Annual report on the lock hospitals of the Madras Presidency
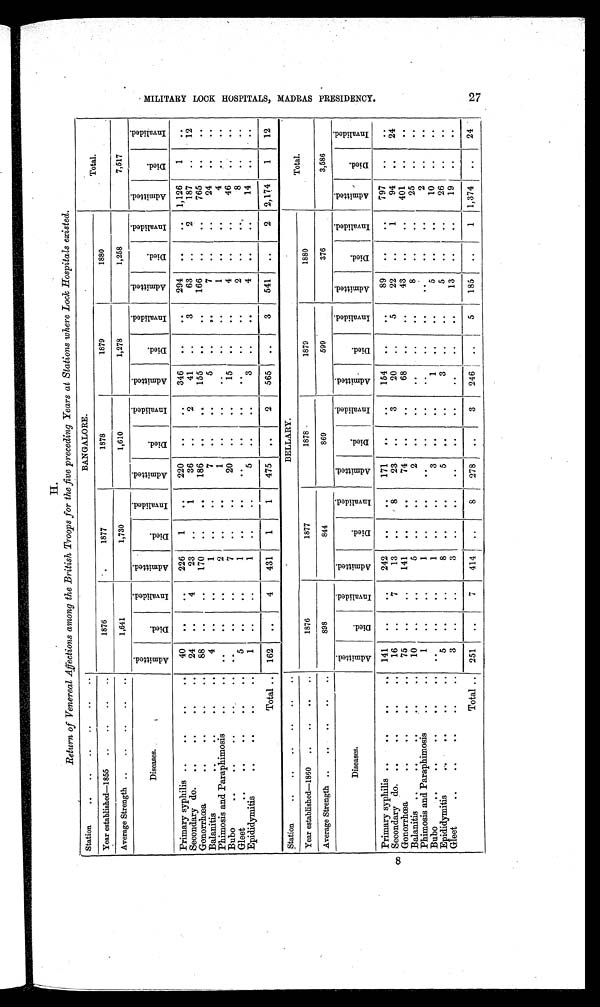
8
H.
Return of Venereal Affections among the British Troops for the five preceding Years at Stations where Lock Hospitals existed.
Station
. .. ... .. .. ..
Total.
Year established—1855
..
..
..
..
1876
1877
1878
1879
1880
Average Strength ..
..
..
..
..
1,641
1,730
1,610
1,278
1,258
7,517
Diseases.
A d m i t t e d .
D i e d .
I n v a l i d e d .
A d m i t t e d .
D i e d .
I n v a l i d e .
A d m i t t e d .
D i e d .
I n v a l i d e d .
A d m i t t e d .
D i e d .
I n v a l i d e d .
A d m i t t e d .
D i e d .
I n v a l i d e d .
A d m i t t e d .
D i e d .
I n v a l i d e d .
Primary syphilis ..
. .. ..
40
. . ..
226
1
. .
220
..
..
346
..
..
294
. .
. . 1,126
1
. .
Secondary do.
..
. . . .. .
24
. .
4
23
. .
1
36
. .
2
41
. .
3
63
. .
2
187
. . . 12
Gonorrhœa
. .. .. .
88
. .
. .
170
..
..
186
. .
. .
155
. .
. .
166
. .
..
765
..
. .
Balanitis
. . . .. .. .
4
. .
. .
1
. .
. .
7
..
..
5
. .
. .
7
. .
. .
24
. .
. .
Phimosis and Paraphimosis
. .
. . ..
2
..
. .
1
..
..
. .
..
1
. .
. .
4
. .
. .
Bubo
...
. .. .. .
. .
..
. .
7
..
..
20
. .
..
15
..
. .
4
. .
..
46
..
..
Gleet
..
..
. ... . .
5
. .
. .
1
. .
..
..
. .
. .
. .
. .
. .
2
..
. .
8
. .
..
Epididymitis
..
. ... . .
1
. . ..
1
. .
. .
5
..
. .
3
..
. .
4
..
. .
14
..
..
Total .. 162
. .
4
431
1
1
475
..
2
565
. .
3
541
..
2 2,174
1
12
Station
..
..
..
..
..
..
BELLARY.
Total.
Year established—1860
. . .. . .. .
1876
1877
1878
1879
1880
Average Strength ..
..
..
..
..
898
844
869
599
376
3,586
Diseases.
A d m i t t e d .
D i e d .
I n v a l i d e d .
A d m i t t e d .
D i e d .
I n v a l i d e d .
A d m i t t e d .
D i e d .
I n v a l i d e d .
A d m i t t e d .
D i e d .
I n v a l i d e d .
A d m i t t e d .
D i e d .
I n v a l i d e d .
A d m i t t e d .
D i e d .
I n v a l i d e d .
Primary syphilis ..
. ... ...
141
. . ..
242
. .
..
171
..
..
154
..
. .
89
..
..
797
. .
. .
Secondary do. ..
..
..
• .
16
..
7
13
. .
8
23
..
3
20
..
5
22
..
1
94
. . 24
Gonorrhœa
. .. .. .. .
75
..
. .
141
. .
. .
74
..
..
68
. .
..
43
..
. .
401
..
. .
Balanitis ..
. .. .. .
10
. . ..
5
. .
. .
2
..
..
. .
. .
..
8
. .
. .
25
. .
..
Phimosis and Paraphimosis
. ...
1
. .
. .
1
. .
. .
. .
..
. .
. .
..
. .
. .
..
..
2
..
..
Bubo
. ... . .. .. .
..
..
. .
1
. .
3
..
..
1
. .
..
5
..
. .
10
..
. .
Epididymitis
. .. ...
5
..
..
8
..
. .
5
. .
..
3
. .
..
5
. .
. .
26
..
..
Gleet
. .. .. - .. . .
3
. .
. .
3
. .
..
..
. .
. .
..
..
. .
13
. .
. .
19
..
..
Total .. 251
. . 7
414 ..
8
278
. .
3
246
..
5
185
. .
1 1,374
..
24
MI LI TARY LOCK HOS PI TALS , MADRAS PRES I DENCY. 27